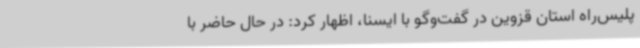
پلیس‌راه استان قزوین در گفت‌وگو با ایسنا، اظهار کرد: در حال حاضر با